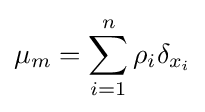
\mu _{m}=\sum _{i=1}^{n}\rho _{i}\delta _{x_{i}}